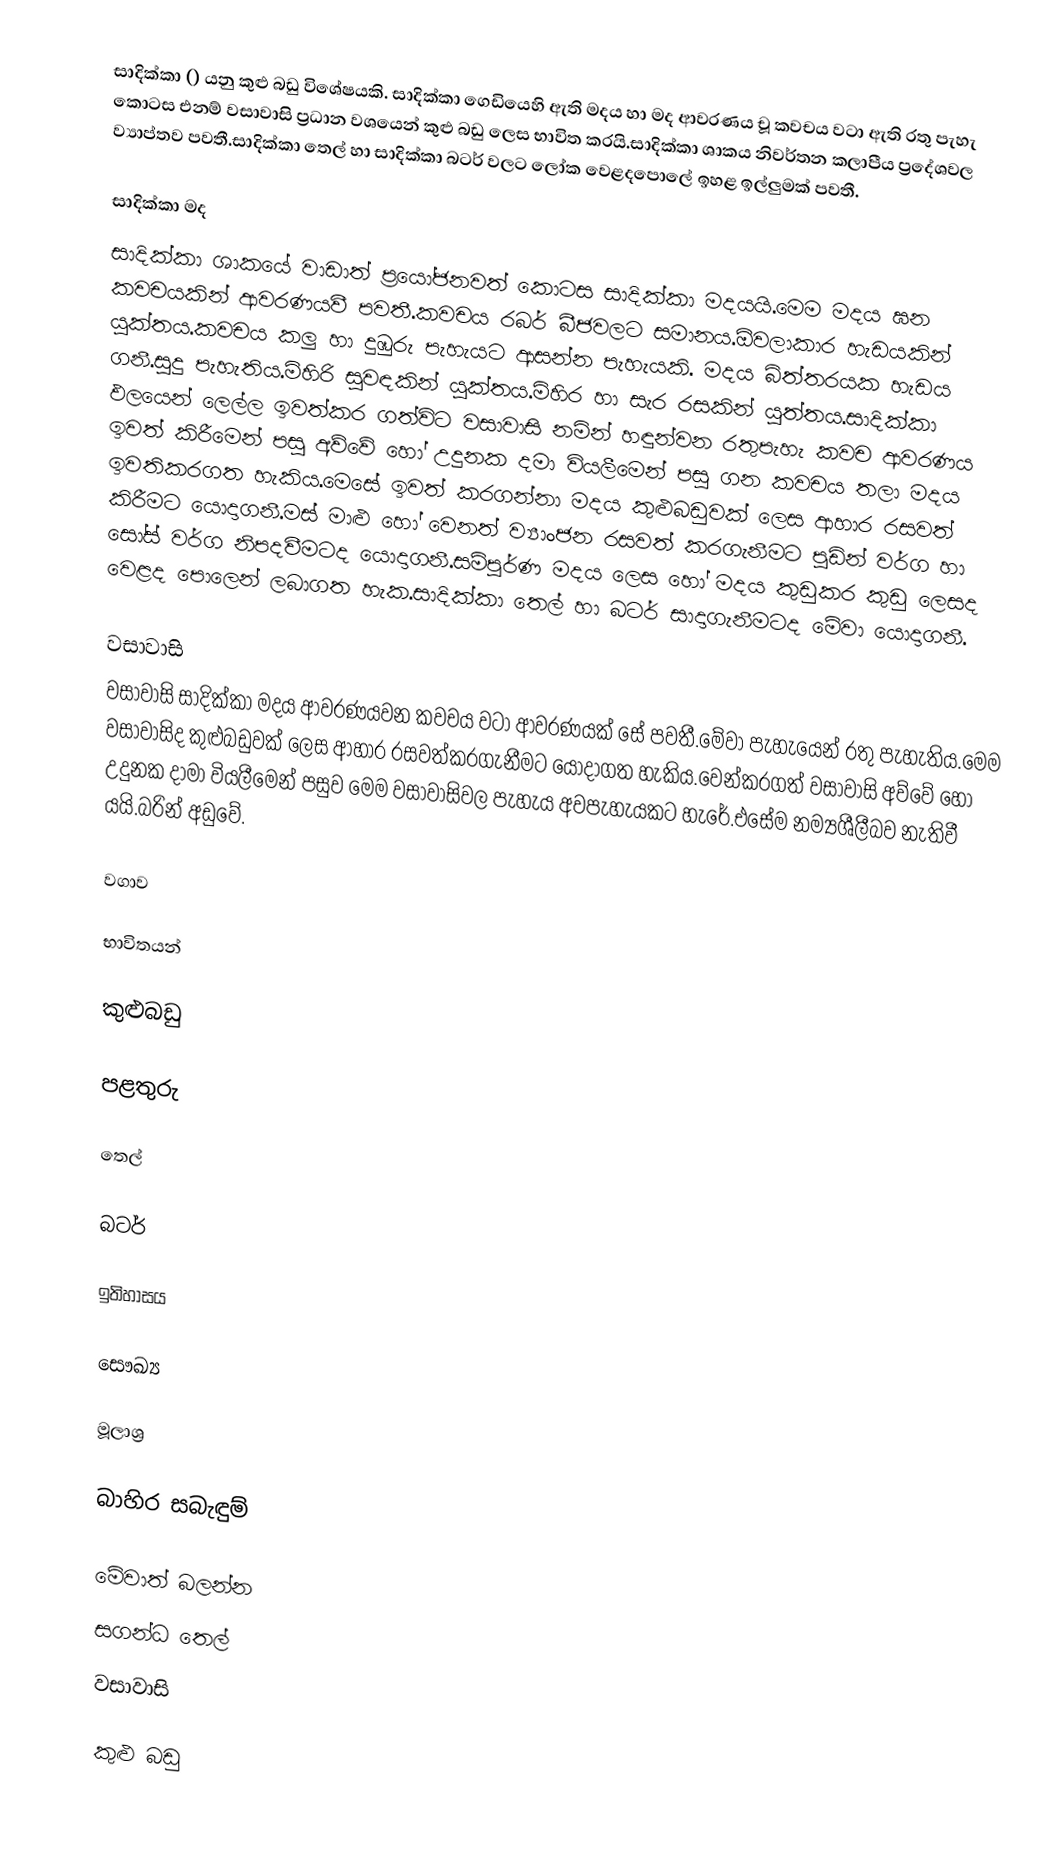
සාදික්කා () යනු කුළු බඩු විශේෂයකි. සාදික්කා ගෙඩියෙහි ඇති මදය හා මද ආවරණය චූ කවචය වටා ඇති රතු පැහැ කොටස එනම් වසාවාසි ප්‍රධාන වශයෙන් කුළු බඩු ලෙස භාවිත කරයි.සාදික්කා ශාකය නිවර්තන කලාපීය ප්‍රදේශවල ව්‍යාප්තව පවතී.සාදික්කා තෙල් හා සාදික්කා බටර් වලට ලෝක වෙළදපොලේ ඉහළ ඉල්ලුමක් පවතී.

සාදික්කා මද
සාදික්කා ශාකයේ වාඩාත් ප්‍රයෝජනවත් කොටස සාදික්කා මදයයි.මෙම මදය ඝන කවචයකින් ආවරණයවී පවතී.කවචය රබර් බීජවලට සමානය.ඕවලාකාර හැඩයකින් යුක්තය.කවචය කලු හා දුඹුරු පැහැයට ආසන්න පැහැයකි. මදය බිත්තරයක හැඩය ගනී.සුදු පැහැතිය.මිහිරි සුවඳකින් යුක්තය.මිහිර හා සැර රසකින් යුත්තය.සාදික්කා ඵලයෙන් ලෙල්ල ඉවත්කර ගත්විට වසාවාසි නමින් හඳුන්වන රතුපැහැ කවච ආවරණය ඉවත් කිරීමෙන් පසු අව්වේ හෝ උදුනක දමා වියලීමෙන් පසු ගන කවචය තලා මදය ඉවතිකරගත හැකිය.මෙසේ ඉවත් කරගන්නා මදය කුළුබඩුවක් ලෙස ආහාර රසවත් කිරීමට යොදාගනී.මස් මාළු  හෝ වෙනත් ව්‍යාංජන රසවත් කරගැනීමට පුඩින් වර්ග හා සෝස් වර්ග නිපදවීමටද යොදාගනී.සම්පූර්ණ මදය ලෙස හෝ මදය කුඩුකර කුඩු ලෙසද වෙළද පොලෙන් ලබාගත හැක.සාදික්කා තෙල් හා බටර් සාදාගැනීමටද මේවා යොදාගනී.

වසාවාසි
වසාවාසි සාදික්කා මදය ආවරණයවන කවචය වටා ආවරණයක් සේ පවතී.මේවා පැහැයෙන් රතු පැහැතිය.මෙම වසාවාසිද කුළුබඩුවක් ලෙස ආහාර රසවත්කරගැනීමට යොදාගත හැකිය.වෙන්කරගත් වසාවාසි අව්වේ හෝ උදුනක දාමා වියලීමෙන් පසුව මෙම වසාවාසිවල පැහැය අවපැහැයකට හැරේ.එසේම නම්‍යශීලීබව නැතිවී යයි.බරින් අඩුවේ.

වගාව

භාවිතයන්

කුළුබඩු

පළතුරු

තෙල්

බටර්

ඉතිහාසය

සෞඛ්‍ය

මූලාශ්‍ර

බාහිර සබැඳුම්

මේවාත් බලන්න
 සගන්ධ තෙල්
 වසාවාසි

කුළු බඩු